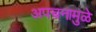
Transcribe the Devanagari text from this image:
अपचनामुळे